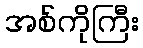
အစ်ကိုကြီး